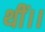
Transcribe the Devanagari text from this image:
थीं।।